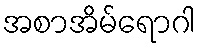
အစာအိမ်ရောဂါ